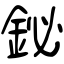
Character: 鉍